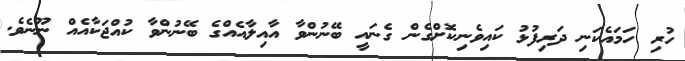
ހުރި ހަމައެކަނި ދަރިފުޅު ކައިވެނިކޮށްގެން ގެނައީ ބޭނުންވާ އާއިލާއެއްގެ ބޭނުންވާ ކުއްޖަކާއެއް ނޫނެވެ.